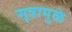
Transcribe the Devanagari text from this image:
सूत्रामुळे